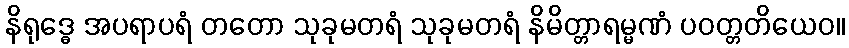
နိရုဒ္ဓေ အပရာပရံ တတော သုခုမတရံ သုခုမတရံ နိမိတ္တာရမ္မဏံ ပဝတ္တတိယေဝ။